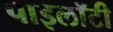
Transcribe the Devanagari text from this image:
पाइलॉटी